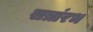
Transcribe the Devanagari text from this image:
सत्रांरभ